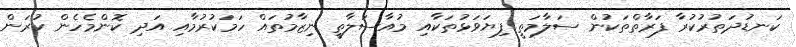
ކަނޑުދަތުރުކުރާ ފަރާތްތަކުން ސަލާމަތީ ފިޔަވަޅުތަކާއި މުއާސަލާތީ ނިޒާމުތައް ހަމަކުރުމާއި އަދި ކޮންމެހެން ކުރަން